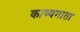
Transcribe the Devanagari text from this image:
काव्यमाता